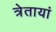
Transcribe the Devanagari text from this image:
त्रेतायां